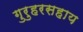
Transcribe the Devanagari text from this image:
गुरुहरसहाय